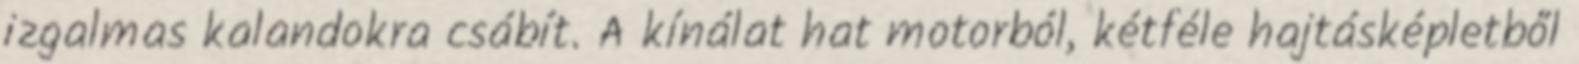
izgalmas kalandokra csábít. A kínálat hat motorból, kétféle hajtásképletből